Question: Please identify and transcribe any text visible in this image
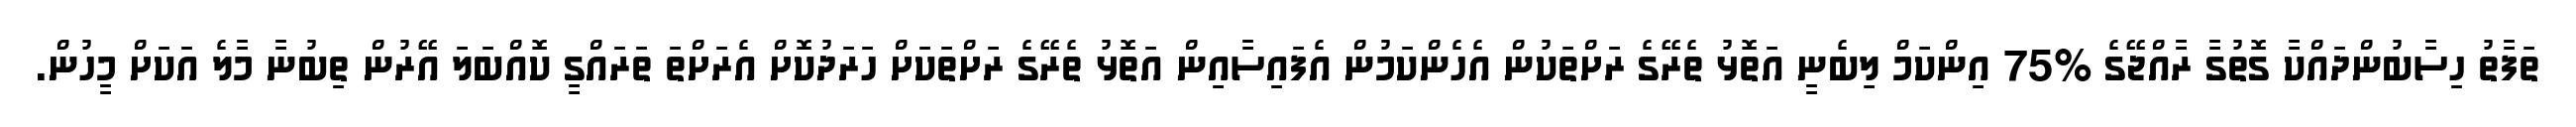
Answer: ތަފާތު ހިސާބުންދައްކާ ގޮތުގާ ރާއްޖޭގެ %75 އިންކަމް ލިބެނީ އަތޮޅު ތެރޭގެ ރަށްތަކުން އެހެންކަމުން އެފައިސާއިން އަތޮޅު ތެރޭގެ ރަށްތަކަށް ހަރަދުކޮށް އެރަށްތަ ތަރައްގީ ކޮއްބަލަ އޭރުން ތިބުނާ މާލެ އަކަށް މީހުން.